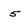
Character: 5